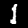
Label: 1